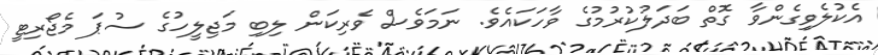
އެކުލެވިގެންވާ ގޮތް ބަދަލުކުރުމުގެ ވާހަކައެވެ. ނަމަވެސް ވެރިކަން ލިބި މަޖިލީހުގެ ސުޕަ މެޖޯރިޓީ